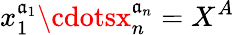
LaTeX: x_{1}^{\mathfrak{a}_{1}}\cdotsx_{n}^{\mathfrak{a}_{n}}=X^{A}